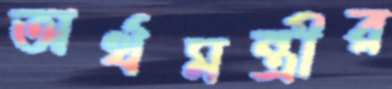
অর্থমন্ত্রীর